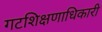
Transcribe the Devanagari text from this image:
गटशिक्षणाधिकारी